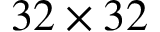
3 2 \times 3 2